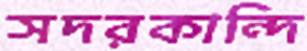
সদরকান্দি